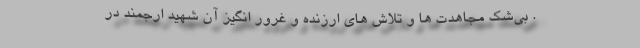
. بی‌شک مجاهدت ها و تلاش های ارزنده و غرور انگیز آن شهید ارجمند در